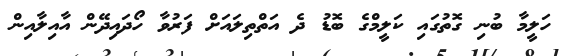
ހަލީމާ ބުނި ގޮތުގައި ކަލީމްގެ ބޮޑު ދެ އަތްތިލައަށް ފަރުވާ ހޯދައިދޭން އާއިލާއިން